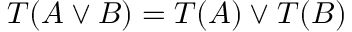
T ( A \vee B ) = T ( A ) \vee T ( B )